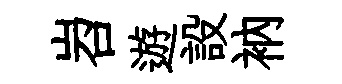
岧遊設衲